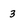
Character: 3